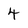
Character: 4